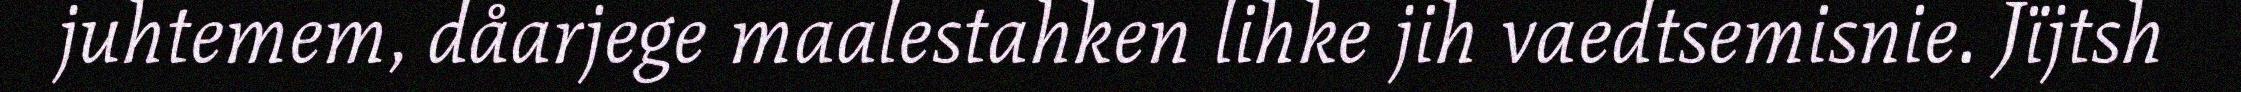
juhtemem, dåarjege maalestahken lihke jih vaedtsemisnie. Jïjtsh